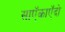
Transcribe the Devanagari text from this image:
साऍकाऍदो